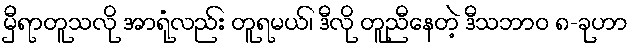
မှီရာတူသလို အာရုံလည်း တူရမယ်၊ ဒီလို တူညီနေတဲ့ ဒီသဘာဝ ၈-ခုဟာ